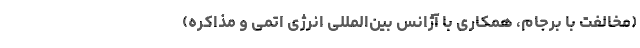
(مخالفت با برجام، همکاری با آژانس بین‌المللی انرژی اتمی و مذاکره)